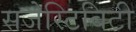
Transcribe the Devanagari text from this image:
सजेस्टिबिटी